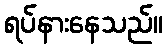
ရပ်နားနေသည်။